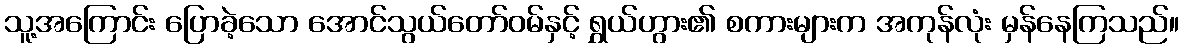
သူ့အကြောင်း ပြောခဲ့သော အောင်သွယ်တော်ဝမ်နှင့် ရွှယ်ဟွား၏ စကားများက အကုန်လုံး မှန်နေကြသည်။